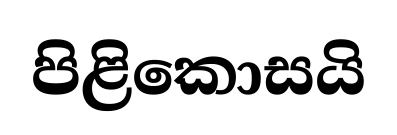
පිළිකොසයි